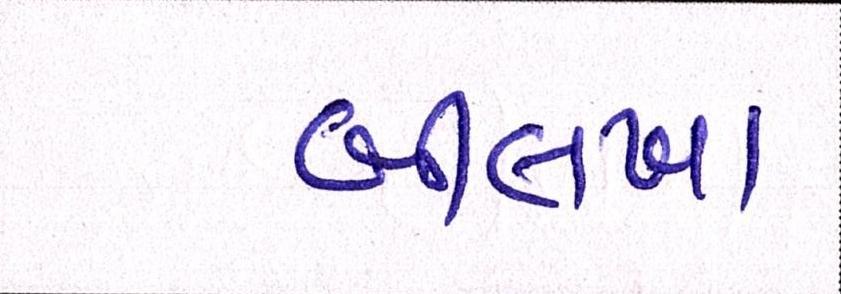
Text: બીલખા